Leaving Certificate Examination (including Day School Certificate (Higher) General paper), 1931
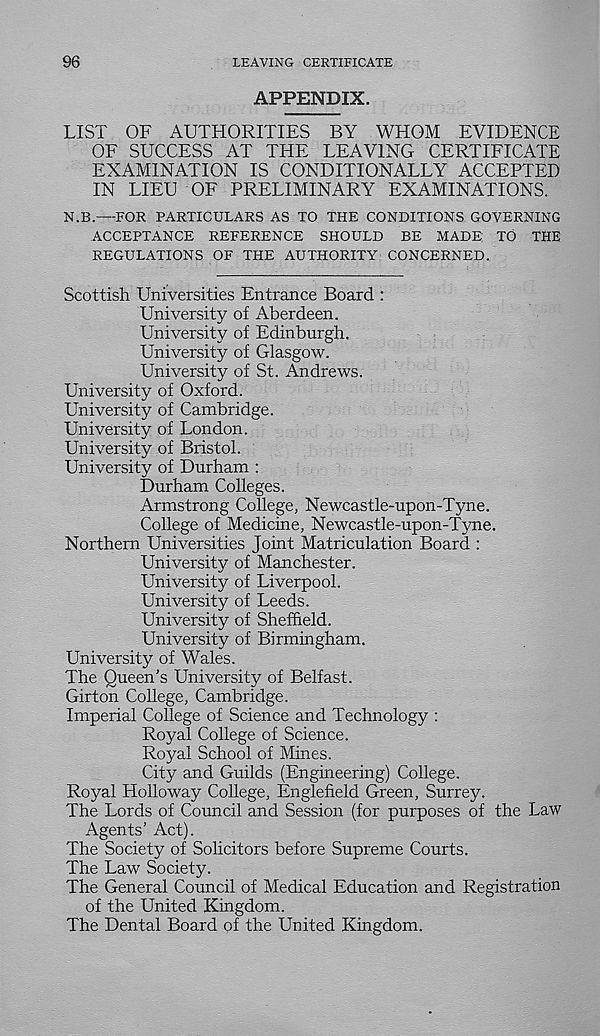
96
LEAVING CERTIFICATE
APPENDIX.
LIST OF AUTHORITIES BY WHOM EVIDENCE
OF SUCCESS AT THE LEAVING CERTIFICATE
EXAMINATION IS CONDITIONALLY ACCEPTED
IN LIEU OF PRELIMINARY EXAMINATIONS.
N.B.—FOR PARTICULARS AS TO THE CONDITIONS GOVERNING
ACCEPTANCE REFERENCE SHOULD BE MADE TO THE
REGULATIONS OF THE AUTHORITY CONCERNED.
Scottish Universities Entrance Board :
University of Aberdeen.
University of Edinburgh.
University of Glasgow.
University of St. Andrews.
University of Oxford.
University of Cambridge.
University of London.
University of Bristol.
University of Durham :
Durham Colleges.
Armstrong College, Newcastle-upon-Tyne.
College of Medicine, Newcastle-upon-Tyne.
Northern Universities Joint Matriculation Board :
University of Manchester.
University of Liverpool.
University of Leeds.
University of Sheffield.
University of Birmingham.
University of Wales.
The Queen’s University of Belfast.
Girton College, Cambridge.
Imperial College of Science and Technology :
Royal College of Science.
Royal School of Mines.
City and Guilds (Engineering) College.
Royal Holloway College, Englefield Green, Surrey.
The Lords of Council and Session (for purposes of the Law
Agents’ Act).
The Society of Solicitors before Supreme Courts.
The Law Society.
The General Council of Medical Education and Registration
of the United Kingdom.
The Dental Board of the United Kingdom.